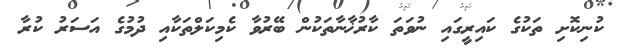
ކުނިކޮށި ތަކުގެ ކައިރީގައި ނުވަތަ ކާރުޚާނާތަކުން ބޭރުވާ ކެމިކަލްތަކާއި ދުމުގެ އަސަރު ކުރާ